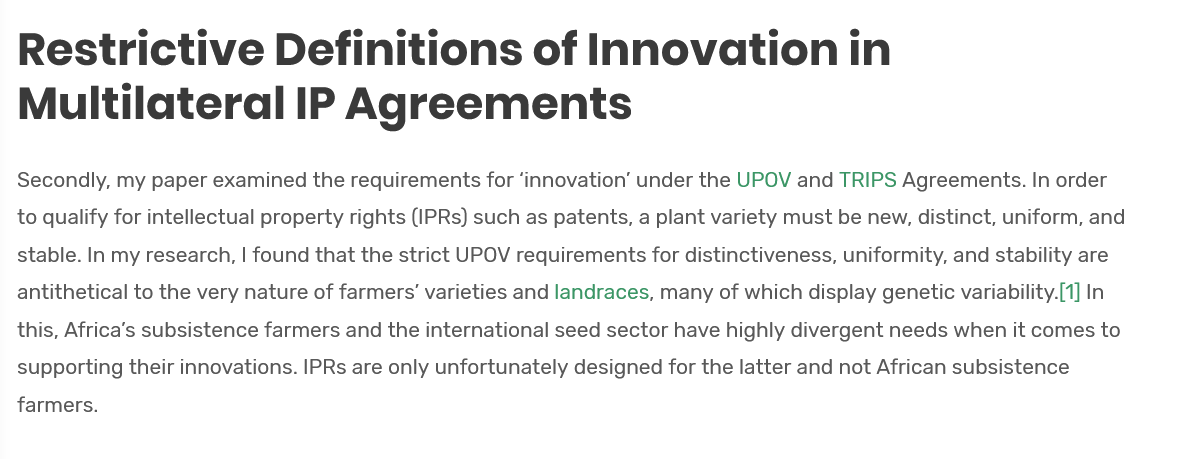
Secondly, my paper examined the requirements for ‘innovation’ under the UPOV and TRIPS Agreements. In order
  to qualify for intellectual property rights (IPRs) such as patents, a plant variety must be new, distinct, uniform, and
  stable. In my research, | found that the strict UPOV requirements for distinctiveness, uniformity, and stability are
  antithetical to the very nature of farmers’ varieties and landraces, many of which display genetic variability.[1] In
  this, Africa's subsistence farmers and the international seed sector have highly divergent needs when it comes to
  supporting their innovations. IPRs are only unfortunately designed for the latter and not African subsistence
  farmers.
  Restrictive    Definitions    of   Innovation    in
  Multilateral    IP   Agreements